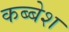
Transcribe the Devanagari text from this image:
कब्बेश